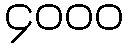
၄၀၀၀